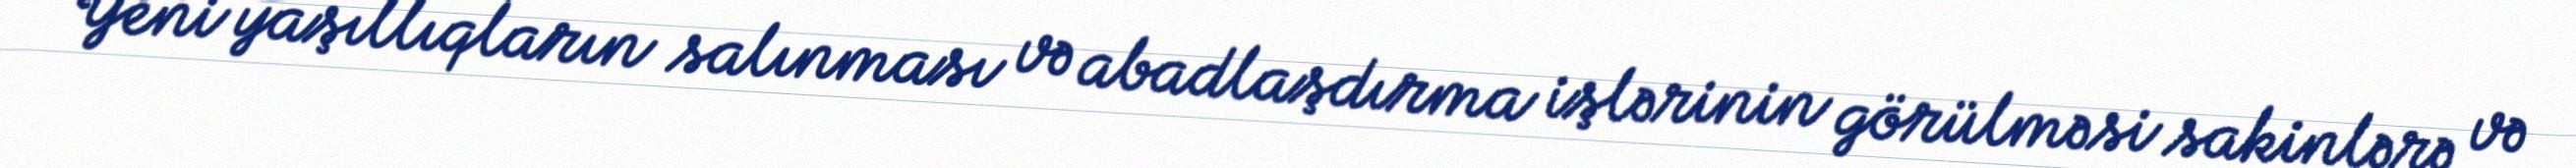
Yeni yaşıllıqların salınması və abadlaşdırma işlərinin görülməsi sakinlərə və